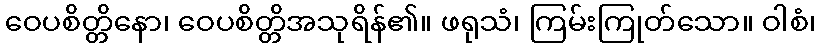
ဝေပစိတ္တိနော၊ ဝေပစိတ္တိအသုရိန်၏။ ဖရုသံ၊ ကြမ်းကြုတ်သော။ ဝါစံ၊